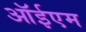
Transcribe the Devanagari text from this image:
ऑईएम